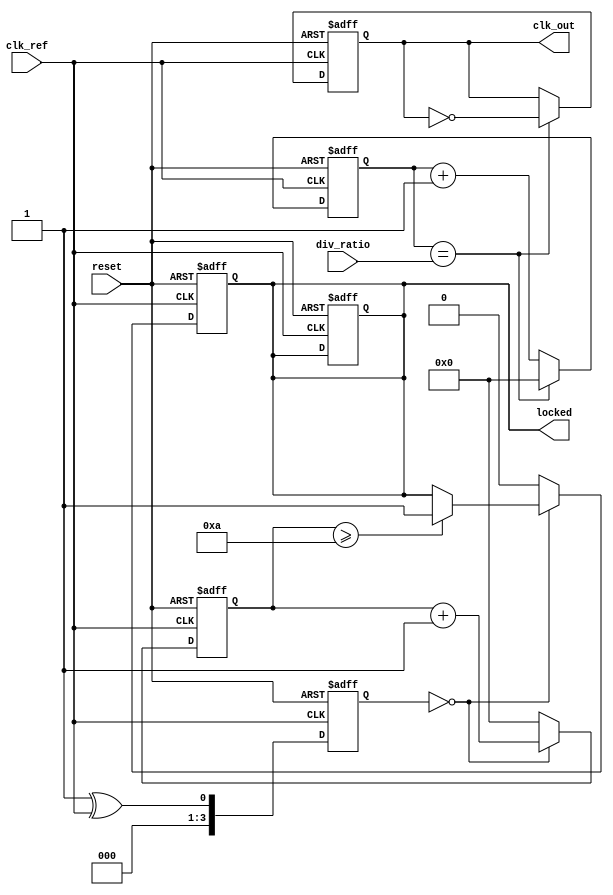
module high_performance_pll (
    input wire clk_ref,         // Input reference clock
    input wire reset,           // Reset signal
    input wire [3:0] div_ratio, // Divider ratio for feedback
    output reg clk_out,         // Output clock
    output reg locked           // Lock indication
);

    // Parameters
    parameter VCO_MAX_FREQ = 100; // Max frequency of VCO in MHz
    parameter VCO_MIN_FREQ = 10;   // Min frequency of VCO in MHz
    parameter LOOP_FILTER_GAIN = 2; // Gain for the loop filter

    // Internal signals
    reg [3:0] phase_error;        // Phase error from phase detector
    reg [15:0] control_voltage;    // Control voltage for VCO
    reg [3:0] vco_freq;           // Current frequency of VCO
    reg [15:0] loop_filter;       // Output of the loop filter
    reg [3:0] feedback_counter;   // Counter for feedback divider
    reg vco_output;               // VCO output signal
    reg [3:0] lock_counter;       // Counter for lock detection

    // Phase Detector (simple XOR for digital implementation)
    always @(posedge clk_ref or posedge reset) begin
        if (reset) begin
            phase_error <= 0;
        end else begin
            phase_error <= (vco_output ^ clk_ref); // Simple phase comparison
        end
    end

    // Loop Filter (simple proportional filter)
    always @(posedge clk_ref or posedge reset) begin
        if (reset) begin
            loop_filter <= 0;
        end else begin
            loop_filter <= loop_filter + (phase_error * LOOP_FILTER_GAIN);
        end
    end

    // VCO (simple model)
    always @(posedge clk_ref or posedge reset) begin
        if (reset) begin
            vco_freq <= VCO_MIN_FREQ;
            control_voltage <= 0;
            locked <= 0;
        end else begin
            control_voltage <= loop_filter;
            // Update VCO frequency based on control voltage
            if (control_voltage > 100) begin
                vco_freq <= VCO_MAX_FREQ;
            end else if (control_voltage < 10) begin
                vco_freq <= VCO_MIN_FREQ;
            end else begin
                vco_freq <= control_voltage[3:0]; // Use lower bits for frequency
            end
        end
    end

    // Feedback Divider
    always @(posedge clk_ref or posedge reset) begin
        if (reset) begin
            feedback_counter <= 0;
            clk_out <= 0;
        end else begin
            if (feedback_counter == div_ratio) begin
                clk_out <= ~clk_out; // Toggle output clock
                feedback_counter <= 0;
            end else begin
                feedback_counter <= feedback_counter + 1;
            end
        end
    end

    // Lock Detection
    always @(posedge clk_ref or posedge reset) begin
        if (reset) begin
            lock_counter <= 0;
            locked <= 0;
        end else begin
            if (phase_error == 0) begin
                lock_counter <= lock_counter + 1;
                if (lock_counter >= 10) begin // Simple threshold for lock
                    locked <= 1;
                end
            end else begin
                lock_counter <= 0;
                locked <= 0;
            end
        end
    end

endmodule